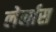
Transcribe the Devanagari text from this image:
लेर्नास